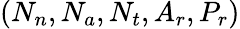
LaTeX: (N_{n},N_{a},N_{t},A_{r},P_{r})